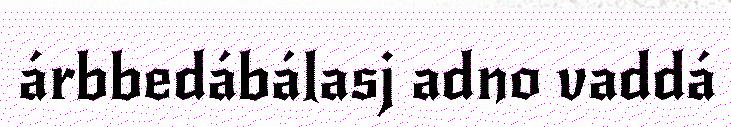
árbbedábálasj adno vaddá